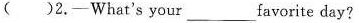
( )2. ——What's your ___ favorite day?